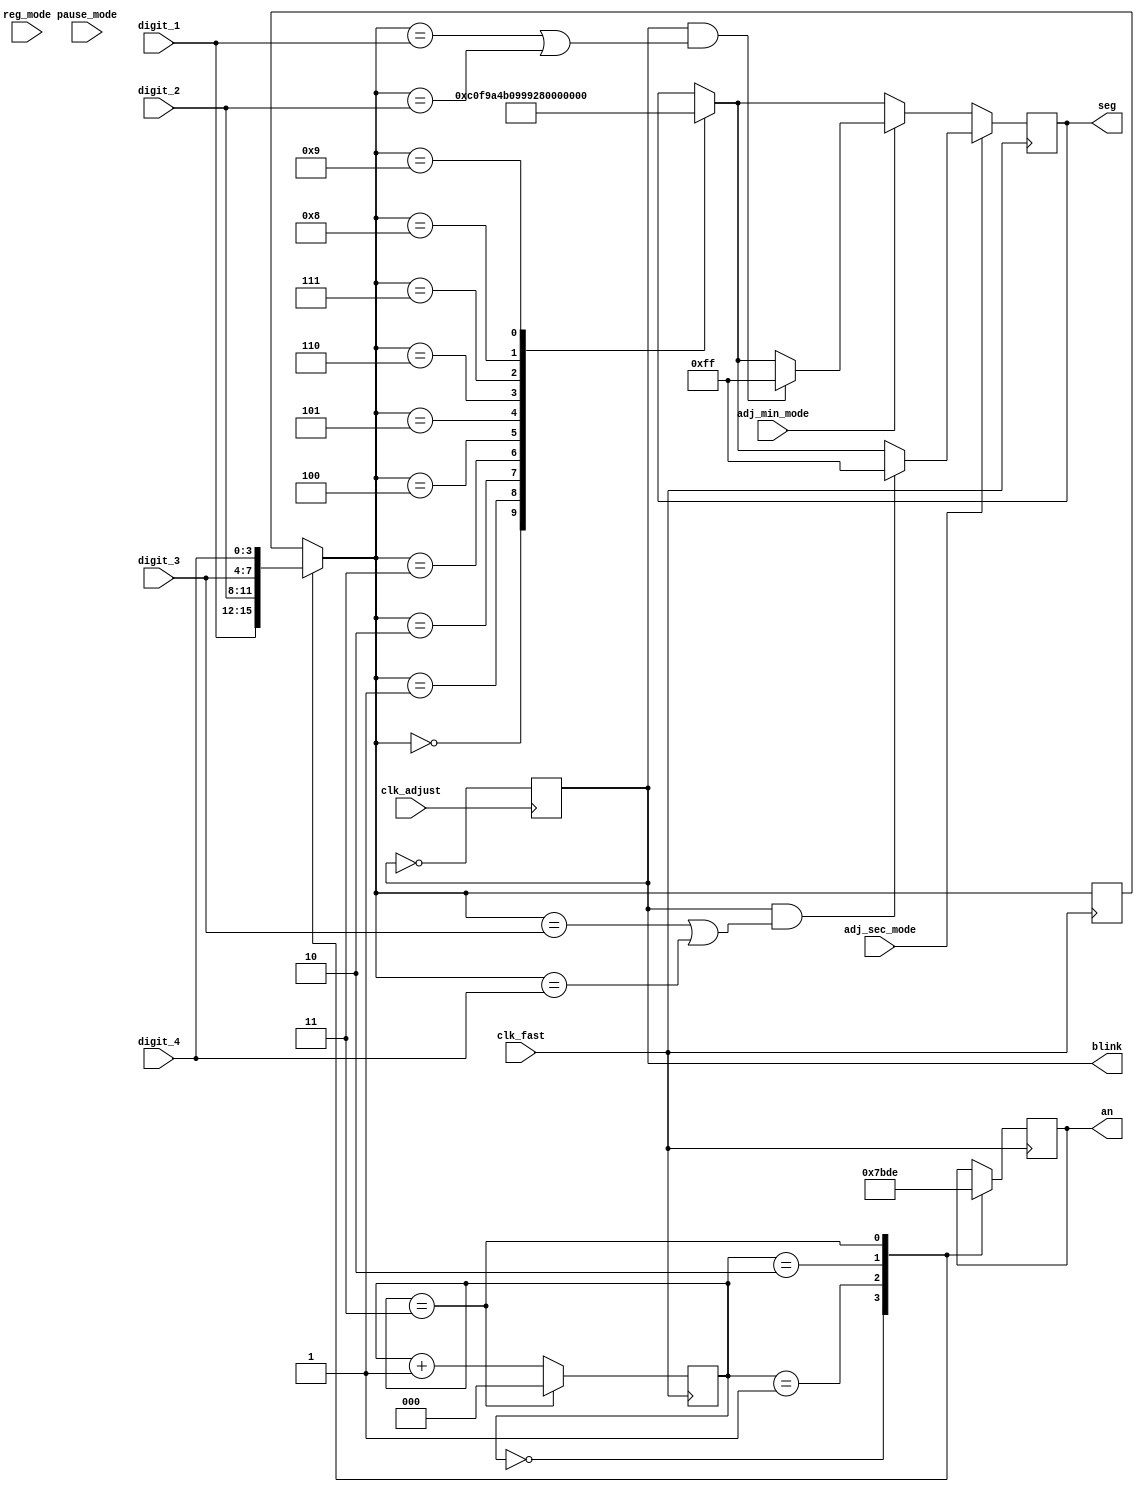
module display(
  // Inputs
  clk_fast, clk_adjust,
  reg_mode, adj_sec_mode, adj_min_mode, pause_mode,
  digit_1, digit_2, digit_3, digit_4,
  // Outputs
  seg, an, blink
);

input clk_fast;
input clk_adjust;

input reg_mode;
input adj_sec_mode;
input adj_min_mode;
input pause_mode;

input [3:0] digit_1;
input [3:0] digit_2;
input [3:0] digit_3;
input [3:0] digit_4;

output [7:0] seg;
output [3:0] an;
output blink;

reg [3:0] cur_num = 0;
reg [2:0] cur_digit = 0;
reg [7:0] seg_ = 0;
reg [3:0] an_ = 0;


reg isOFF_ = 1;


// Use the slow counter 
always @ (posedge clk_adjust) begin
   isOFF_ = ~isOFF_;
end



always @ (posedge clk_fast) begin
	

  case (cur_digit)
    2'b00: begin an_ <= 4'b0111; cur_num = digit_1; end
    2'b01: begin an_ <= 4'b1011; cur_num = digit_2; end
    2'b10: begin an_ <= 4'b1101; cur_num = digit_3; end
    2'b11: begin an_ <= 4'b1110; cur_num = digit_4; end
  endcase

  if (cur_digit == 2'b11)
    cur_digit = 2'b00;
  else
    cur_digit = cur_digit + 1;

  case (cur_num)
    0: seg_ = 8'b11000000;
    1: seg_ = 8'b11111001;
    2: seg_ = 8'b10100100;
    3: seg_ = 8'b10110000;
    4: seg_ = 8'b10011001;
    5: seg_ = 8'b10010010;
    6: seg_ = 8'b10000010;
    7: seg_ = 8'b11111000;
    8: seg_ = 8'b10000000;
    9: seg_ = 8'b10010000;
  endcase
	
	if(adj_sec_mode) begin
		if(isOFF_ && (cur_num == digit_3 || cur_num == digit_4 )) begin
			// blink off display for seconds digits
			seg_ = 8'b11111111;
		end
	end
	else if(adj_min_mode) begin
		if(isOFF_ && (cur_num == digit_1 || cur_num == digit_2 )) begin
			// blink off display for minutes digits
			seg_ = 8'b11111111;
		end
	end
	else begin
		;// Regular operation
	end
	
	
	
	/*
	// Check the adjust clock to turn display on or off
	if(isOFF_ && ) begin //TODO: only blink the seconds
		// turn off all display
		seg_ = 8'b11111111;
	end
	else begin
		// display numbers aka don't change anything
	end
	// END TEST
	*/
	
	
  // if (adj_sec_mode && !isOn && (cur_num == digit_3 || cur_num == digit_4 )) begin
  //   seg_ = 0;
  // end else ;
end

assign seg = seg_;
assign an = an_;
assign blink = isOFF_;

endmodule // display